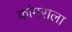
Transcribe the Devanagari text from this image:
कांगराला